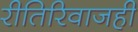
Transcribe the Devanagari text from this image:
रीतिरिवाजही